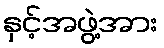
နှင့်အဖွဲ့အား